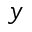
y